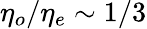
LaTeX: \eta_{o}/\eta_{e}\sim 1/3